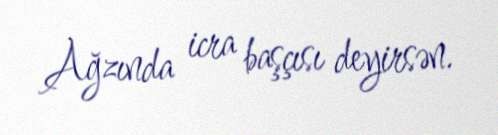
Ağzında icra başçısı deyirsən.